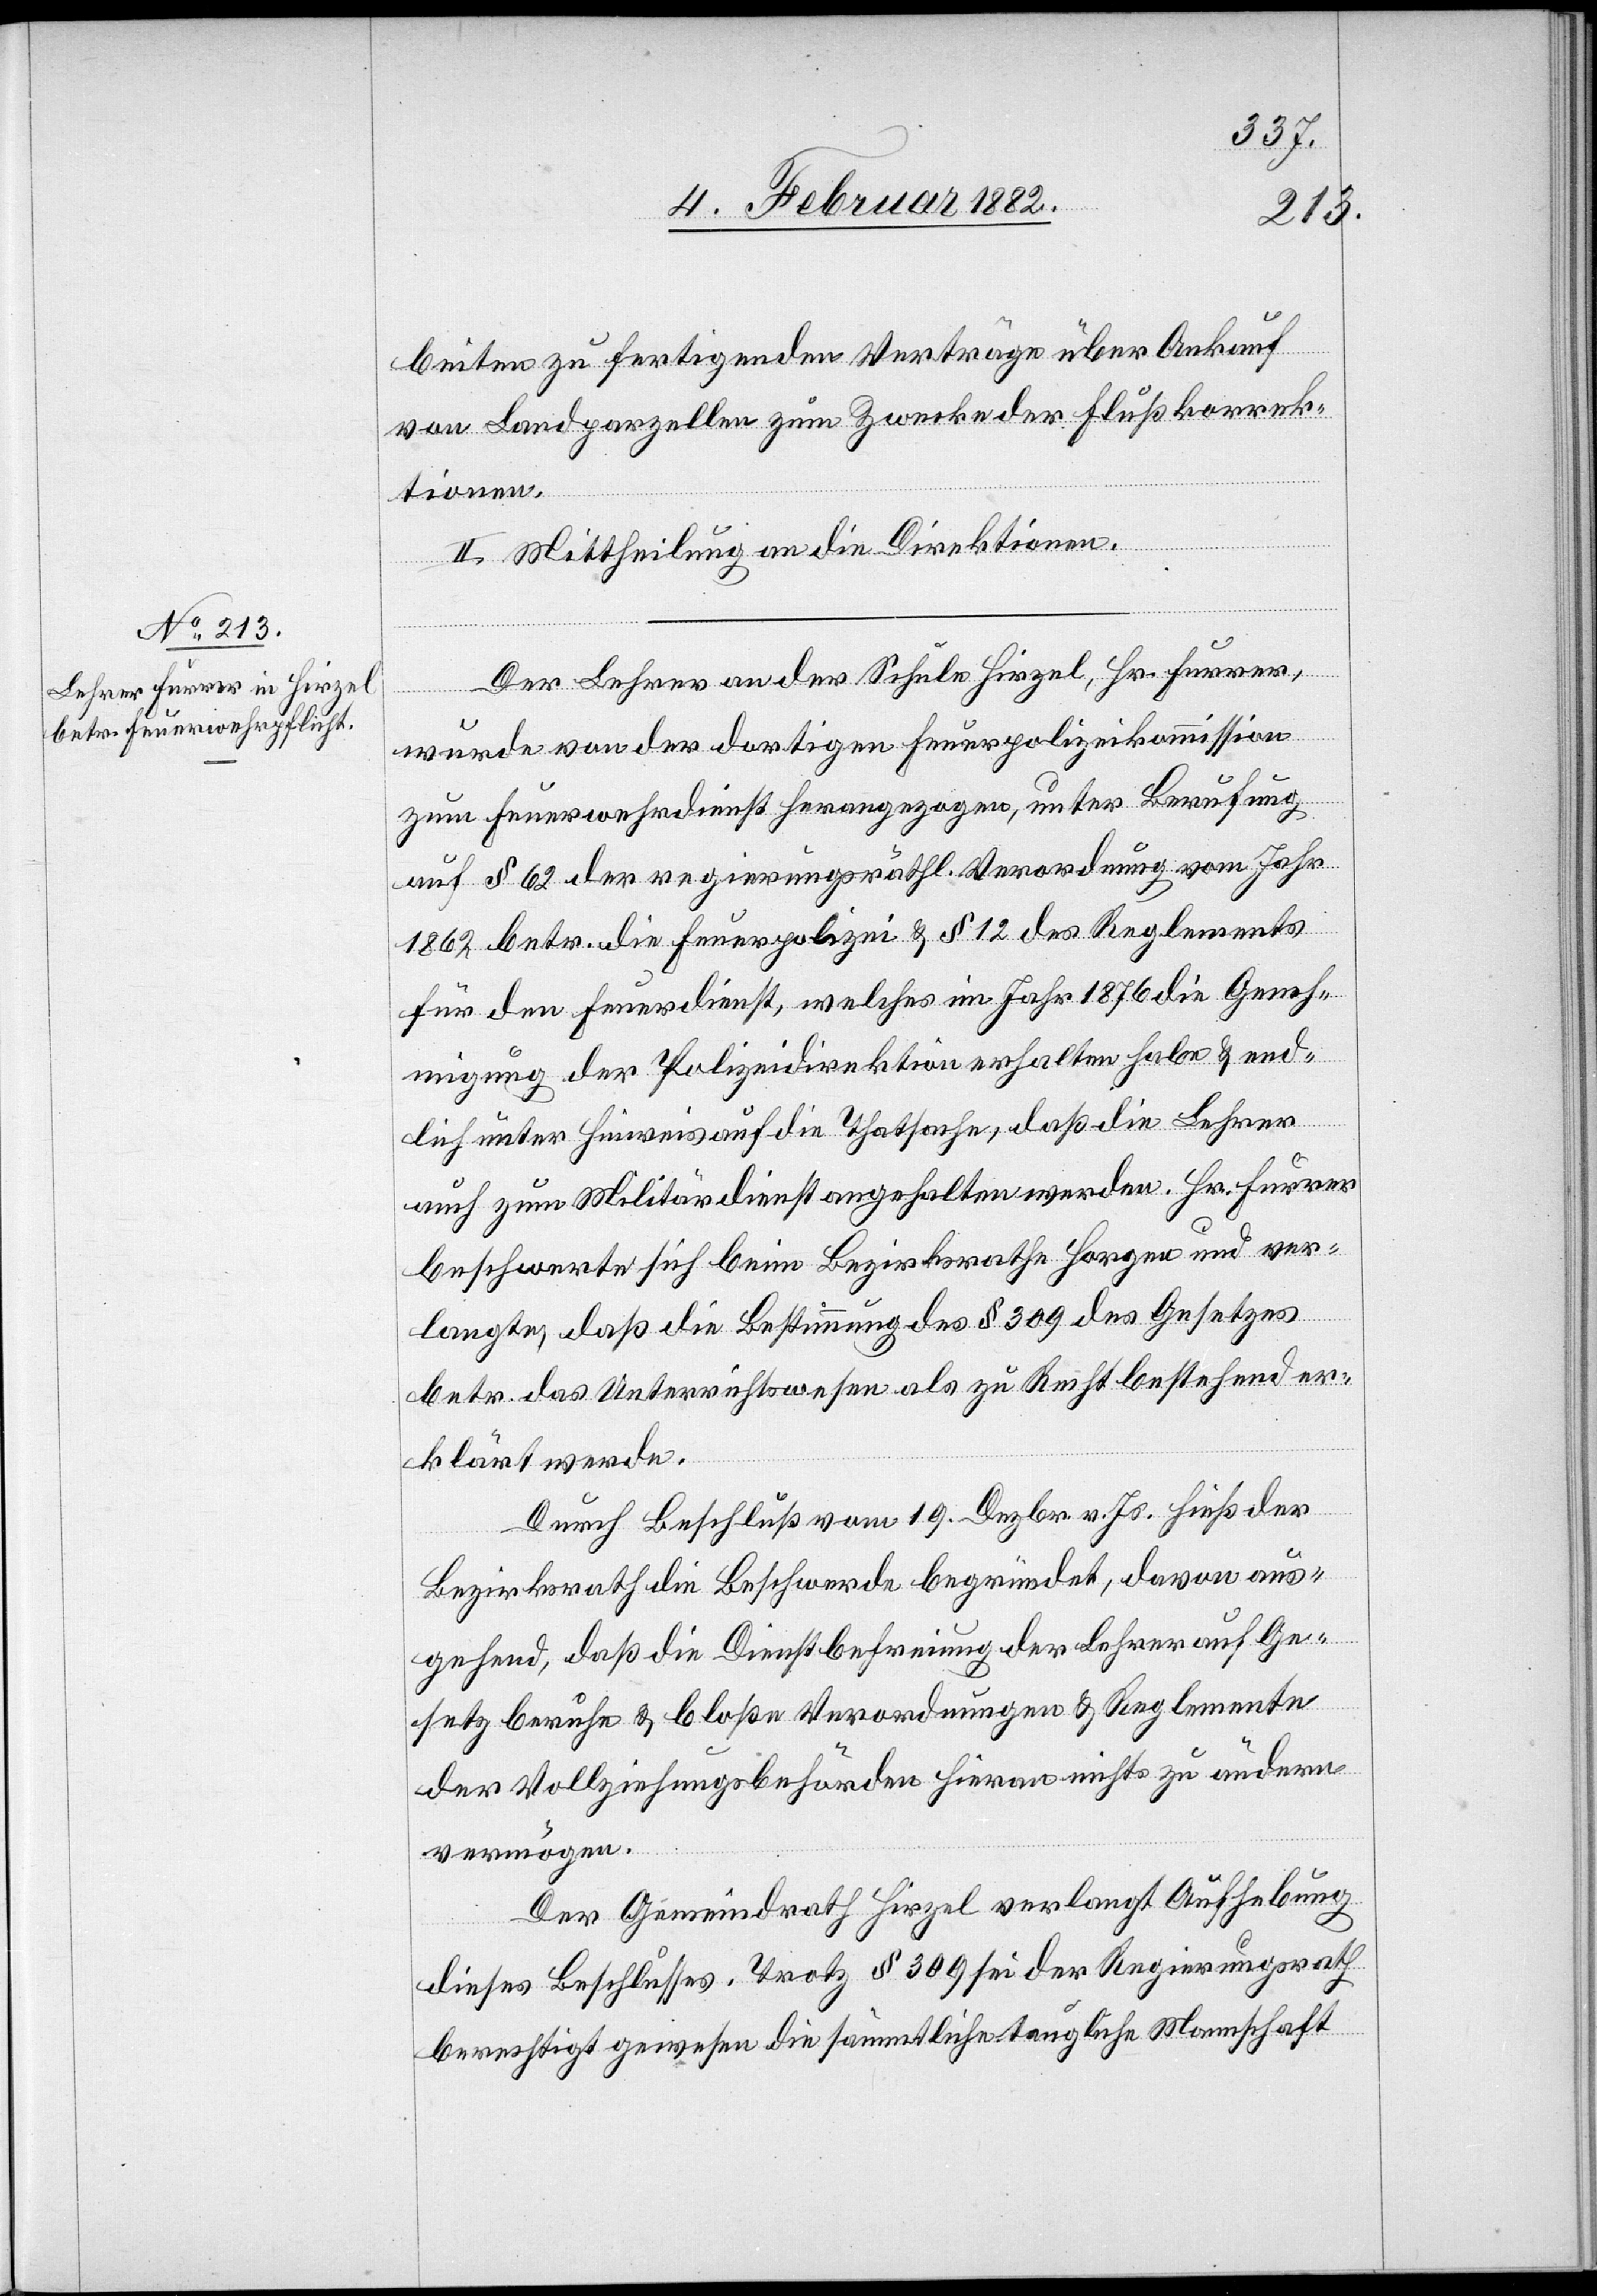
beiten zu fertigenden Verträge über Ankauf
von Landparzellen zum Zwecke der Flußkorrek¬
tionen.
II. Mittheilung an die Direktionen.
Der Lehrer an der Schule Hirzel, Hr. Furrer,
wurde von der dortigen Feuerpolizeikommission
zum Feuerwehrdienst herangezogen, unter Berufung
auf § 62 der regierungsräthlich. Verordnung vom Jahr
1862 betr. die Feuerpolizei & § 12 des Reglementes
für den Feuerdienst, welches im Jahr 1876 die Geneh¬
migung der Polizeidirektion erhalten habe & end¬
lich unter Hinweis auf die Thatsache, daß die Lehrer
auch zum Militärdienst angehalten werden. Hr. Furrer
beschwerte sich beim Bezirksrathe Horgen und ver¬
langte, daß die Bestimmung des § 309 des Gesetzes
betr. das Unterrichtswesen als zu Recht bestehend er¬
klärt werde.
Durch Beschluß vom 19. Dezbr. v. Js. hieß der
Bezirksrath die Beschwerde begründet, davon aus¬
gehend, daß die Dienstbefreiung der Lehrer auf Ge¬
setz beruhe & bloße Verordnung & Reglemente
der Vollziehungsbehörden hievon nichts zu ändern
vermögen.
Der Gemeindrath Hirzel verlangt Aufhebung
dieses Beschlusses. Trotz § 309 sei der Regierungsrath
berechtigt gewesen die sämmtliche taugliche Mannschaft